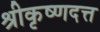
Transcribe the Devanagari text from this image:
श्रीकृष्णदत्त